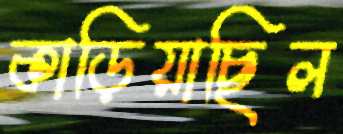
কাড়িয়াছিল